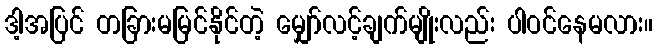
ဒါ့အပြင် တခြားမမြင်နိုင်တဲ့ မျှော်လင့်ချက်မျိုးလည်း ပါဝင်နေမလား။